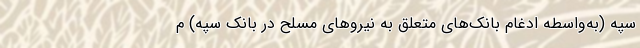
سپه (به‌واسطه ادغام بانک‌های متعلق به نیروهای مسلح در بانک سپه) م